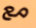
مع